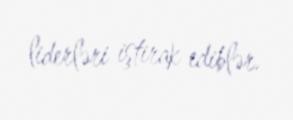
liderləri iştirak ediblər.